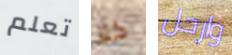
تعلم كلا وارحل